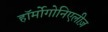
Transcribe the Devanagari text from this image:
हॉर्मोगोनिएलीज़